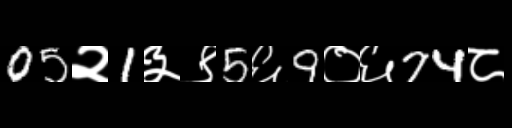
Text: 05२1३९5६9०६74८